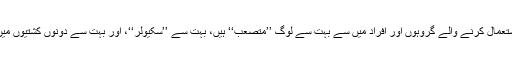
اردو زبان استعمال کرنے والے گروہوں اور افراد میں سے بہت سے لوگ ’’متصعب‘‘ ہیں، بہت سے ’’سکیولر‘‘، اور بہت سے دونوں کشتیوں میں سوار بھی۔